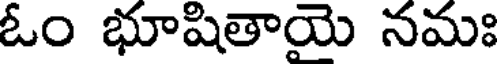
ఓం భూషితాయై నమః